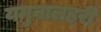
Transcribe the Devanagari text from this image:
यमुनालहरी